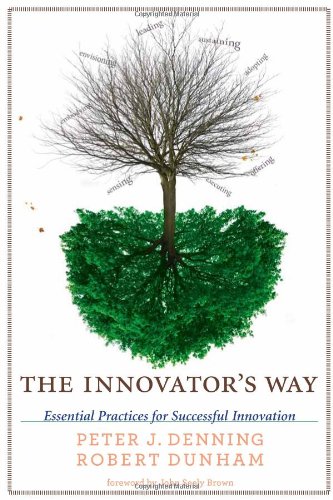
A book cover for The Innovator's Way: Essential Practices for Successful Innovation; Peter J. Denning; Business & Money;